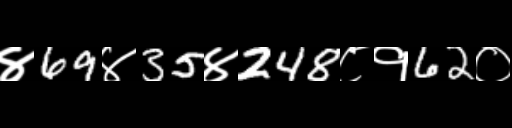
Text: ४69४35४248८१62०